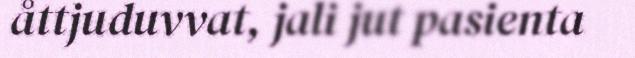
åttjuduvvat, jali jut pasienta